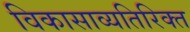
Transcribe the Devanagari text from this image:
विकासाव्यतिरिक्त